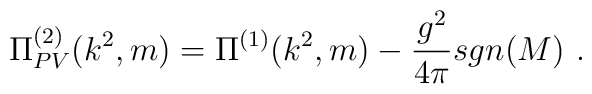
\Pi^{(2)}_{PV}(k^2,m)=\Pi^{(1)}(k^2,m)-\frac{g^2}{4\pi} sgn(M)\ .